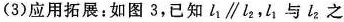
(3)应用拓展：如图3，已知l_{1} \parallel l_{2} ，l_{1} 与l_{2} 之